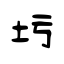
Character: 圬